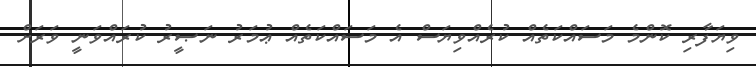
ވިޔަފާރި ކޮންމެ މަސައްކަތެއް ކުރެއްވިޔަސް އެ މަސައްކަތެއް ޢުމަރު ނަޞީރު ކުރައްވަނީ ވަރަށް